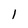
Character: l